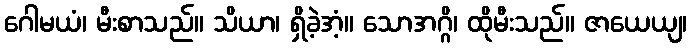
ဂေါမယံ၊ မီးစာသည်။ သိယာ၊ ရှိခဲ့အံ့။ သောအဂ္ဂိ၊ ထိုမီးသည်။ ဇာယေယျ၊